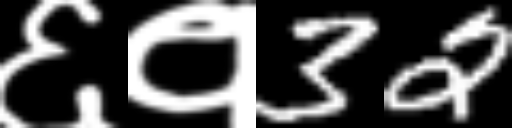
Text: ६१32